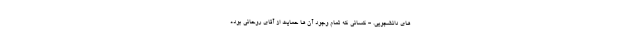
های دانشجویی. - کسانی که تمام وجود آن ها حمایت از آقای روحانی بوده